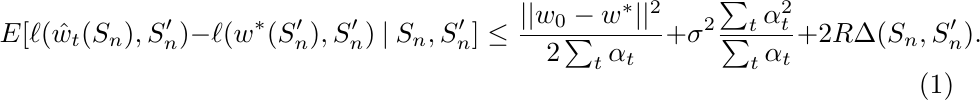
\begin{equation} \label{eq:sub-bound-1}  E [ \ell (\hat{w}_t(S_n), S_n') - \ell (w^*(S_n'), S_n')  ~|~ S_n,S_n'] \leq \frac{ ||w_0 - w^*||^2 }{2\sum_t \alpha_t} +
\sigma^2
\frac{\sum_t \alpha_t^2}{\sum_t \alpha_t}  +  2R \Delta(S_n,S_n'). \end{equation}